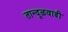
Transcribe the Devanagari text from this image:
तान्दूळवाडी